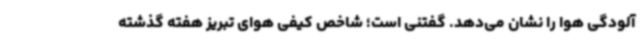
آلودگی هوا را نشان می‌دهد. گفتنی است؛ شاخص کیفی هوای تبریز هفته گذشته